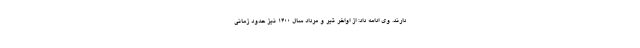
دارند. وی ادامه داد: از اواخر تیر و مرداد سال ۱۴۰۰ نیز حدود زمانی